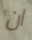
ان